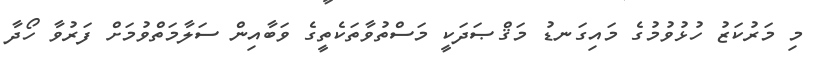
މި މަރުކަޒު ހުޅުވުމުގެ މައިގަނޑު މަޤްޞަދަކީ މަސްތުވާތަކެތީގެ ވަބާއިން ސަލާމަތްވުމަށް ފަރުވާ ހޯދާ